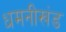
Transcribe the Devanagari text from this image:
धमनीखंड